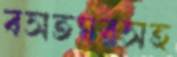
বসতঘরসহ